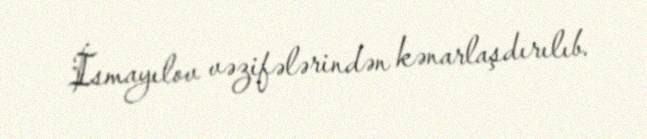
İsmayılov vəzifələrindən kənarlaşdırılıb.